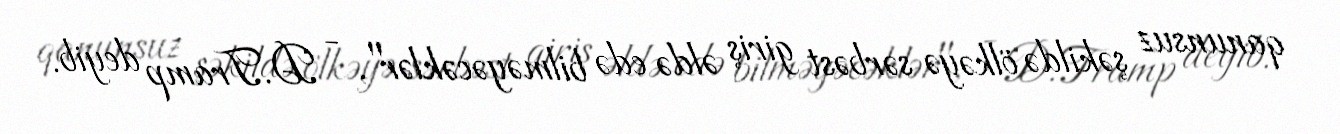
qanunsuz şəkildə ölkəyə sərbəst giriş əldə edə bilməyəcəklər", - D.Tramp deyib.